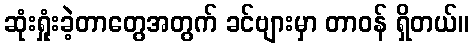
ဆုံးရှုံးခဲ့တာတွေအတွက် ခင်ဗျားမှာ တာဝန် ရှိတယ်။